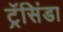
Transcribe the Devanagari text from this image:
ट्रॅसिंडा